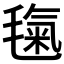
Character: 𣯘